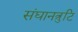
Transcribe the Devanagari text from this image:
संघानत्रुटि